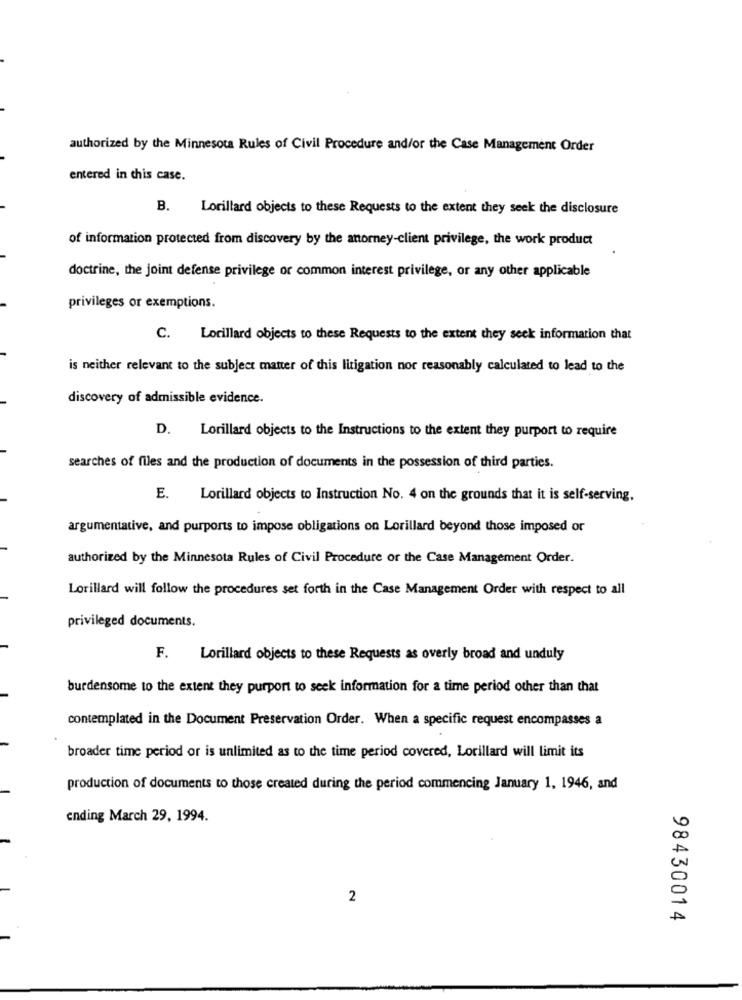
authorized by the Minnesota Rules of Civil Procedure and/or the Case Management Order
entered in this case.
B.
Lorillard objects to these Requests to the extent they seek the disclosure
of information protected from discovery by the anorney-client privilege, the work product
doctrine, the joint defense privilege or common interest privilege, or any other applicable
privileges or exemptions.
C. Lorillard objects to these Requests to the extent they seek information that
is neither relevant to the subject matter of this litigation nor reasonably calculated to lead to the
discovery of admissible evidence.
D.
Lorillard objects to the Instructions to the extent they purport to require
searches of files and the production of documents in the possession of third parties.
E.
Lorillard objects to Instruction No. 4 on the grounds that it is self-serving.
argumentative, and purports to impose obligations on Lorillard beyond those imposed or
authorized by the Minnesota Rules of Civil Procedure or the Case Management Order.
Lorillard will follow the procedures set forth in the Case Management Order with respect to all
privileged documents.
F.
Lorillard objects to these Requests as overly broad and unduly
burdensome to the extent they purport to seek information for a time period other than that
contemplated in the Document Preservation Order. When a specific request encompasses a
broader time period or is unlimited as to the time period covered, Lorillard will limit its
production of documents to those created during the period commencing January 1, 1946, and
ending March 29, 1994.
2
98430014